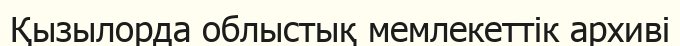
Қызылорда облыстық мемлекеттік архиві